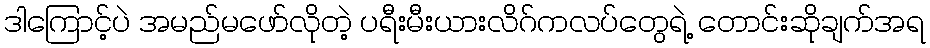
ဒါကြောင့်ပဲ အမည်မဖော်လိုတဲ့ ပရီးမီးယားလိဂ်ကလပ်တွေရဲ့ တောင်းဆိုချက်အရ